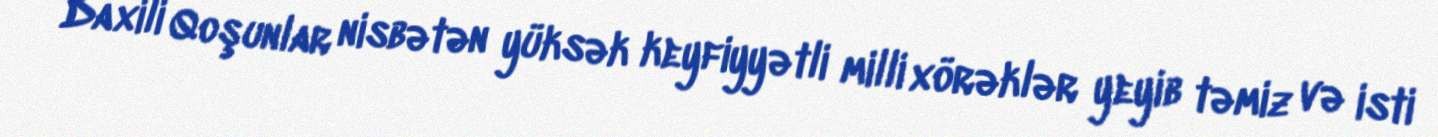
Daxili Qoşunlar nisbətən yüksək keyfiyyətli milli xörəklər yeyib təmiz və isti